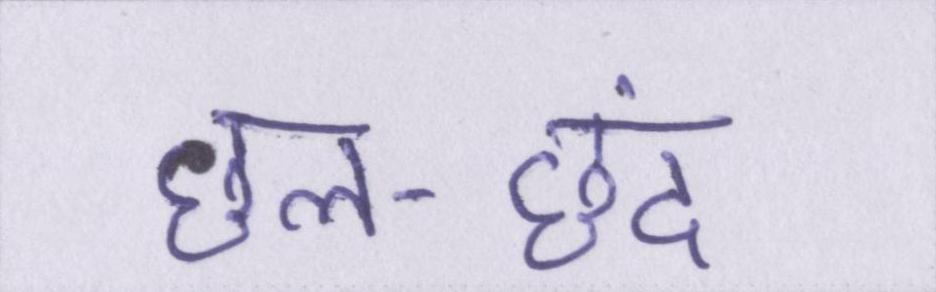
छल-छंद